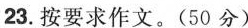
23.按要求作文。(50分)